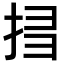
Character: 𢬞